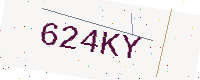
Text: 624KY